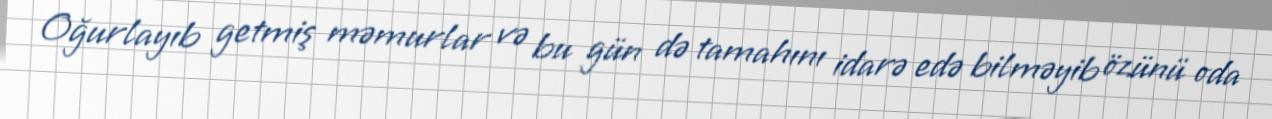
Oğurlayıb getmiş məmurlar və bu gün də tamahını idarə edə bilməyib özünü oda